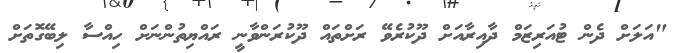
"އަލަށް ދެން ޓުއަރިޒަމް ދާއިރާއަށް ދޫކުރެވޭ ރަށްތައް ދޫކުރަންވާނީ ރައްޔިތުންނަށް ހިއްސާ ލިބޭގޮތަށް